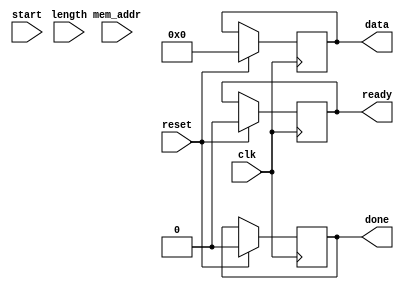
module text_scroll_int(
    input [10:0] mem_addr,
    input [10:0] length,
    input start,
	 input clk,
	 input reset,
    output done,
    output ready,
    output [7:0] data
    );
	 
	 // Instantiate input latches
	 reg [10:0] mem_addr_reg;
    reg [10:0] length_reg;
	 
	 always @(posedge clk) begin
		if (reset) begin
			done<=0;
			data<=0;
			ready<=0;
		end
		
		else 
			if (start) begin
				
			end
		
	 end


endmodule